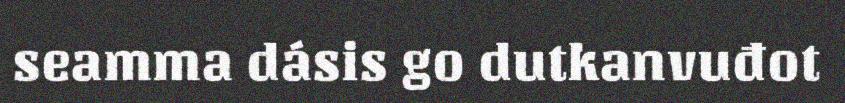
seamma dásis go dutkanvuđot